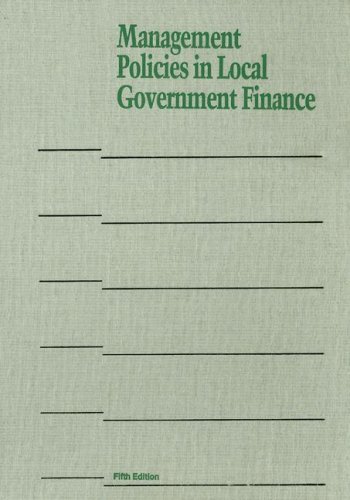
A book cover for Management Policies in Local Government Finance (Municipal Management); Business & Money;